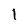
Character: l